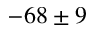
- 6 8 \pm 9